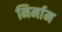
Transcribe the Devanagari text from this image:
निर्माम